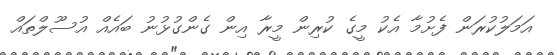
އަމަލުކުރަން ފެށުމާ އެކު މީގެ ކުރިން މީރާ އިން ގެންގުޅުނު ބައެއް އުސޫލްތައް